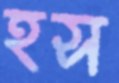
হস